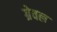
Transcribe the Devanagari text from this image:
ग्रेवल